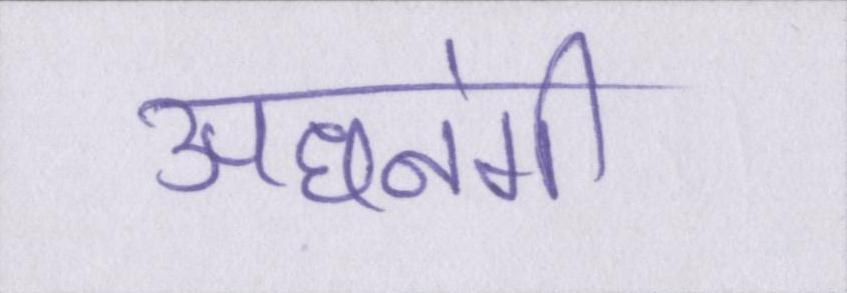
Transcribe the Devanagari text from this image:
अधनंगी